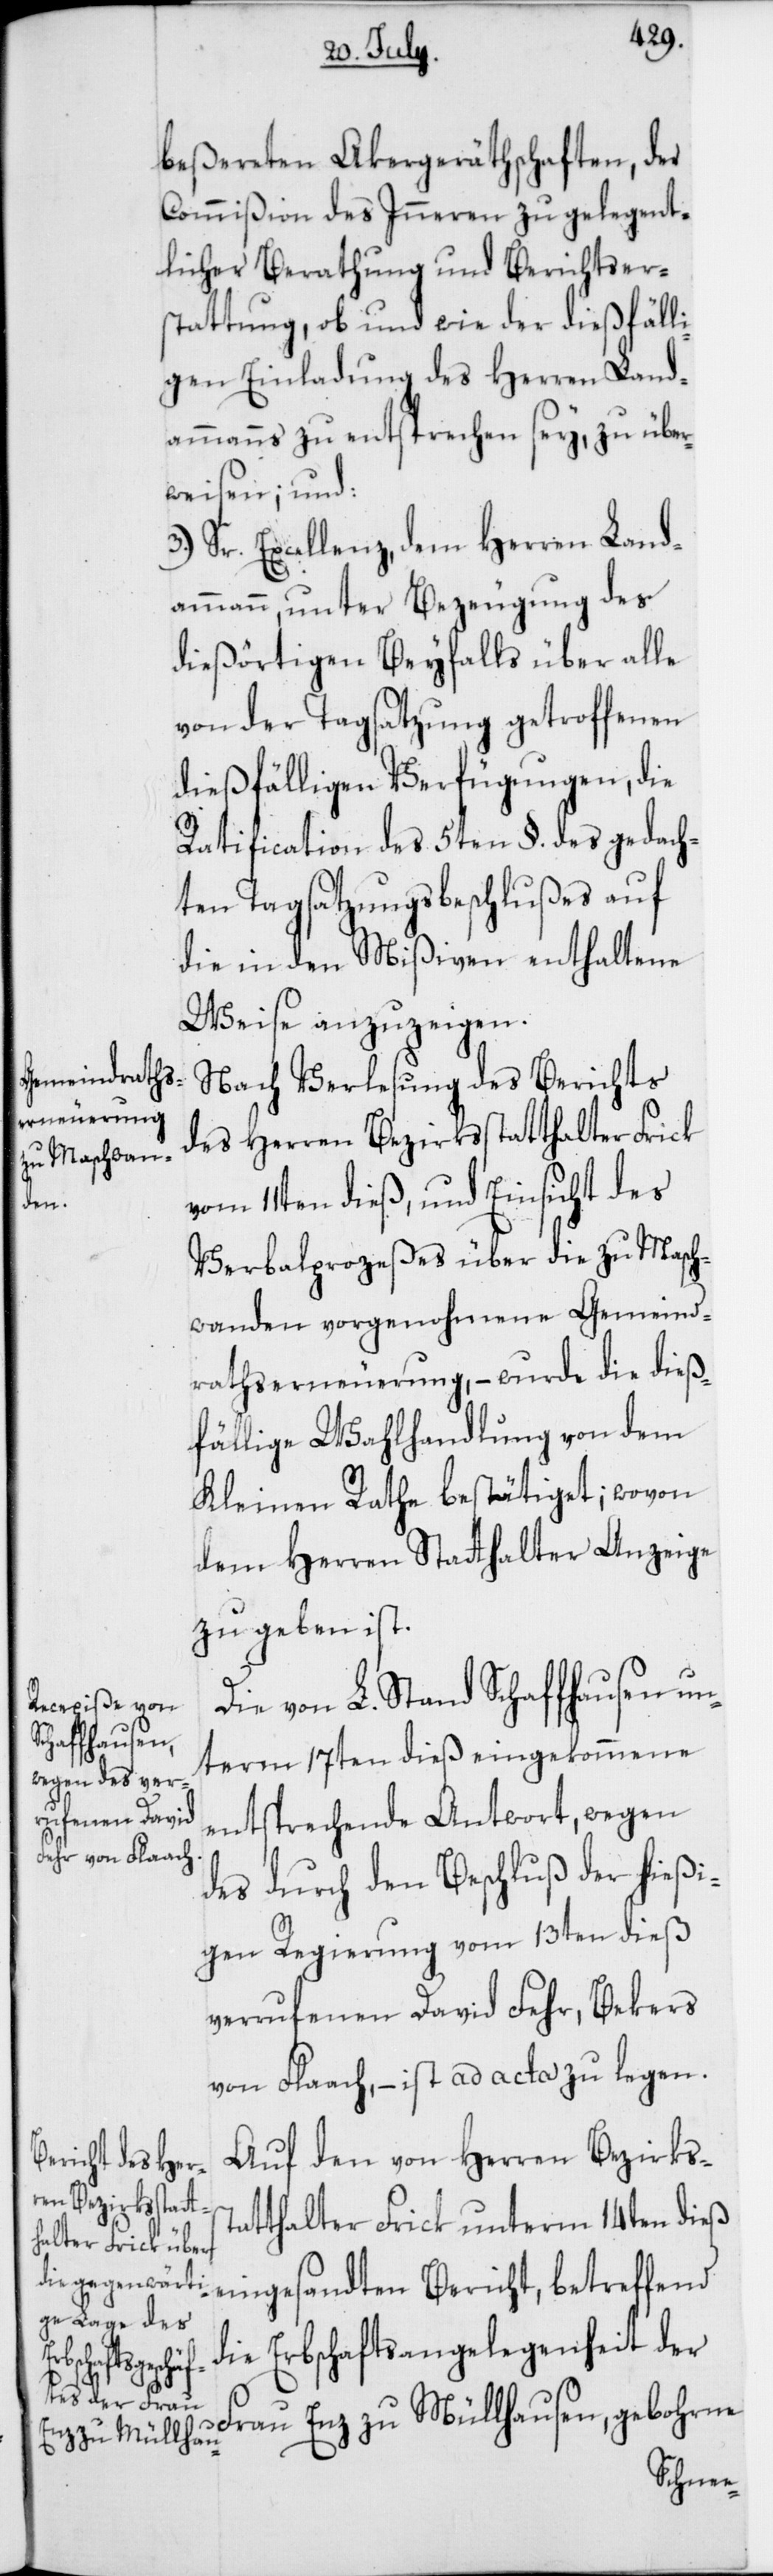
beßereten Akergeräthschaften, der
Commißion des Inneren zu gelegent¬
licher Berathung und Berichtser¬
stattung, ob und wie der dießfälli¬
gen Einladung des Herren Land¬
ammanns zu entsprechen sey, zu über¬
weisen; und:
3.) Sr. Excellenz, dem Herren Land¬
ammann, unter Bezeugung des
dießörtigen Beyfalls über alle
von der Tagsatzung getroffenen
dießfälligen Verfügungen, die
Ratification des 5ten §. des gedach¬
ten Tagsatzungsbeschlußes auf
die in den Mißiven enthaltene
Weise anzuzeigen.
Nach Verlesung des Berichts
des Herren Bezirksstatthalter Frick
vom 11ten dieß, und Einsicht des
Verbalprozeßes über die zu Masch¬
wanden vorgenohmene Gemeind¬
rathserneuerung, – wurde die dieß¬
fällige Wahlhandlung von dem
Kleinen Rathe bestätiget; wovon
dem Herren Stathalter Anzeige
zu geben ist.
Die von L. Stand Schaffhausen un¬
term 17ten dieß eingekommene
entsprechende Antwort, wegen
des durch den Beschluß der hießi¬
gen Regierung vom 13ten dieß
verrufenen David Fehr, Bekers
von Flaach, – ist ad acta zu legen.
Auf den von Herren Bezirks¬
atthalter Frick unterm 14ten dieß
eingesandten Bericht, betreffend
die Erbschaftsangelegenheit der
Frau Enz zu Müllhausen, gebohrne
st¬